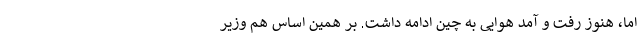
اما، هنوز رفت و آمد هوایی به چین ادامه داشت. بر همین اساس هم وزیر